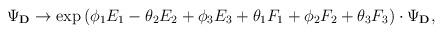
LaTeX: \begin{align*}\Psi_{\bf D} \rightarrow \exp{(\phi_1 E_1 - \theta_2 E_2 + \phi_3 E_3 + \theta_1 F_1 + \phi_2 F_2 + \theta_3 F_3)} \cdot \Psi_{\bf D},\end{align*}